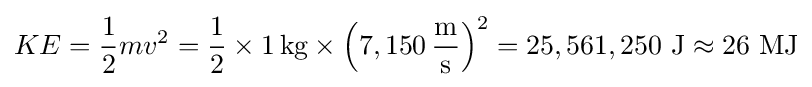
KE={\frac {1}{2}}m{v^{2}}={\frac {1}{2}}\times 1\,\mathrm {kg} \times \left(7,150\,\mathrm {\frac {m}{s}} \right)^{2}=25,561,250\ \mathrm {J} \approx 26\ \mathrm {MJ}